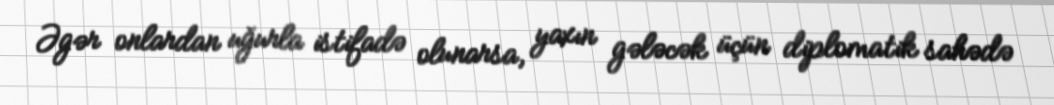
Əgər onlardan uğurla istifadə olunarsa, yaxın gələcək üçün diplomatik sahədə